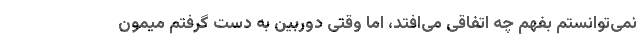
نمی‌توانستم بفهم چه اتفاقی می‌افتد، اما وقتی دوربین به دست گرفتم میمون